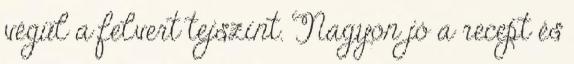
végül a felvert tejszínt. Nagyon jó a recept és